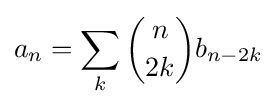
a_{n}=\sum _{k}{\binom {n}{2k}}b_{n-2k}